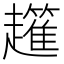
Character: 𧾟